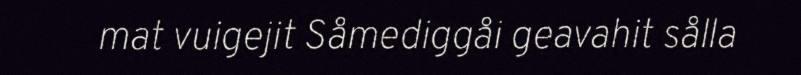
mat vuigejit Såmediggåi geavahit sålla